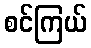
စင်ကြယ်